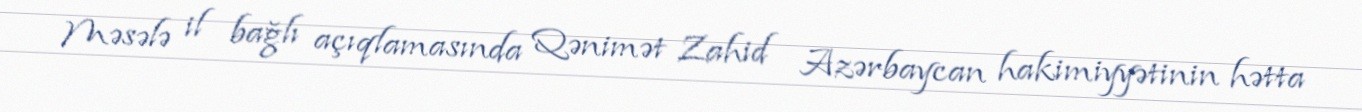
Məsələ il bağlı açıqlamasında Qənimət Zahid Azərbaycan hakimiyyətinin hətta